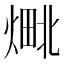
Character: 𬊴